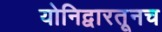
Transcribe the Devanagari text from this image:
योनिद्वारतूनच